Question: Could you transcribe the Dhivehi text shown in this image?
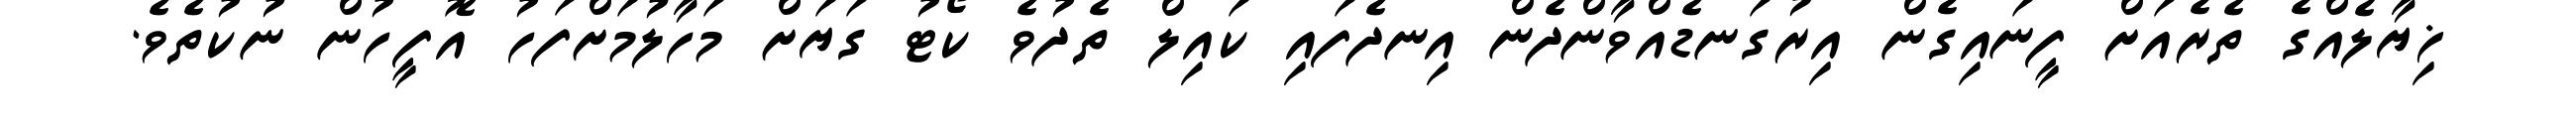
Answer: ޚިޔާލެއްގެ ތެރެއަށް ފީނައިގެން އިރުގަނޑެއްވާންދެން އިނދެފައި ކައިލް ތެދުވެ ކޯޓު ގަޔަށް މަހާލުމަށްފަހު އޮފީހުން ނުކުތެވެ.